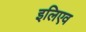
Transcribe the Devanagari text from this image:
इलिएव